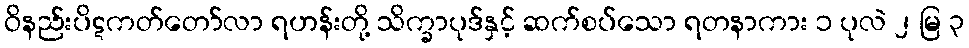
ဝိနည်းပိဋကတ်တော်လာ ရဟန်းတို့ သိက္ခာပုဒ်နှင့် ဆက်စပ်သော ရတနာကား ၁ ပုလဲ ၂ မြ ၃